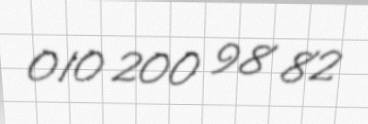
010 200 98 82